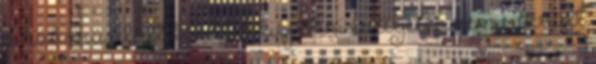
a háború alatt kezdték kiépíteni és teljesen nem sikerült